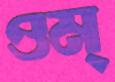
ওম্